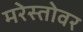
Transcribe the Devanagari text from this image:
मरेस्तोवर